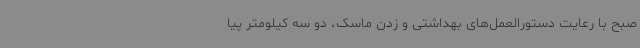
صبح با رعایت دستورالعمل‌های بهداشتی و زدن ماسک، دو سه کیلومتر پیا